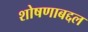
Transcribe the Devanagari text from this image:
शोषणाबद्दल